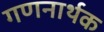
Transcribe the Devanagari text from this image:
गणनार्थक